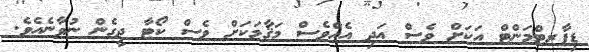
ޑިޕާރޓްމަންޓް އަކަށް ވެސް އަދި އެއްވެސް މަޤާމަކަށް ވެސް ކޯޓާ ދީގެން ނުވާނެއެވެ.